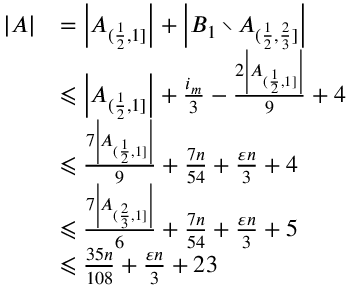
\begin{array} { r l } { | A | } & { = \left| A _ { ( \frac { 1 } { 2 } , 1 ] } \right| + \left| B _ { 1 } \setminus A _ { ( \frac { 1 } { 2 } , \frac { 2 } { 3 } ] } \right| } \\ & { \leqslant \left| A _ { ( \frac { 1 } { 2 } , 1 ] } \right| + \frac { i _ { m } } { 3 } - \frac { 2 \left| A _ { ( \frac { 1 } { 2 } , 1 ] } \right| } { 9 } + 4 } \\ & { \leqslant \frac { 7 \left| A _ { ( \frac { 1 } { 2 } , 1 ] } \right| } { 9 } + \frac { 7 n } { 5 4 } + \frac { \varepsilon n } { 3 } + 4 } \\ & { \leqslant \frac { 7 \left| A _ { ( \frac { 2 } { 3 } , 1 ] } \right| } { 6 } + \frac { 7 n } { 5 4 } + \frac { \varepsilon n } { 3 } + 5 } \\ & { \leqslant \frac { 3 5 n } { 1 0 8 } + \frac { \varepsilon n } { 3 } + 2 3 } \end{array}